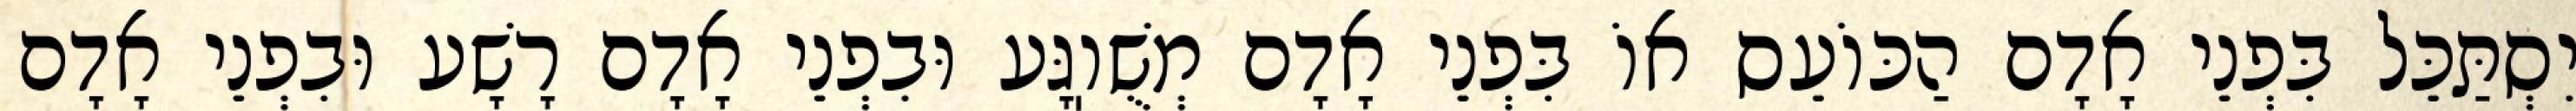
יִסְתַּכֵּל בִּפְנֵי אָדָם הַכּוֹעֵס אוֹ בִּפְנֵי אָדָם מְשֻׁוֽגָּע וּבִפְנֵי אָדָם רָשָׁע וּבִפְנֵי אָדָם